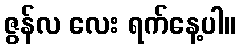
ဇွန်လ လေး ရက်နေ့ပါ။